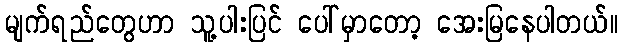
မျက်ရည်တွေဟာ သူ့ပါးပြင် ပေါ်မှာတော့ အေးမြနေပါတယ်။